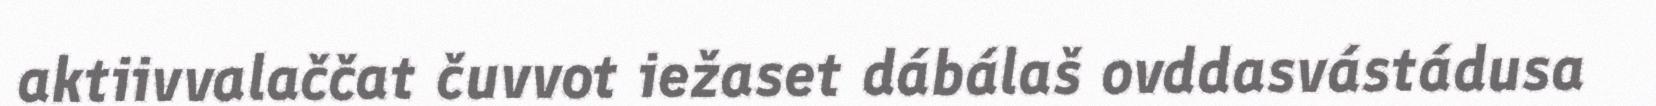
aktiivvalaččat čuvvot iežaset dábálaš ovddasvástádusa